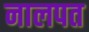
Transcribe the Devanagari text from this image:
नालपत